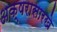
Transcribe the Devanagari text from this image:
अक्षरासारखे